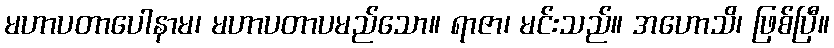
မဟာပတာပေါနာမ၊ မဟာပတာပမည်သော။ ရာဇာ၊ မင်းသည်။ အဟောသိ၊ ဖြစ်ပြီ။